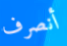
أنصرف